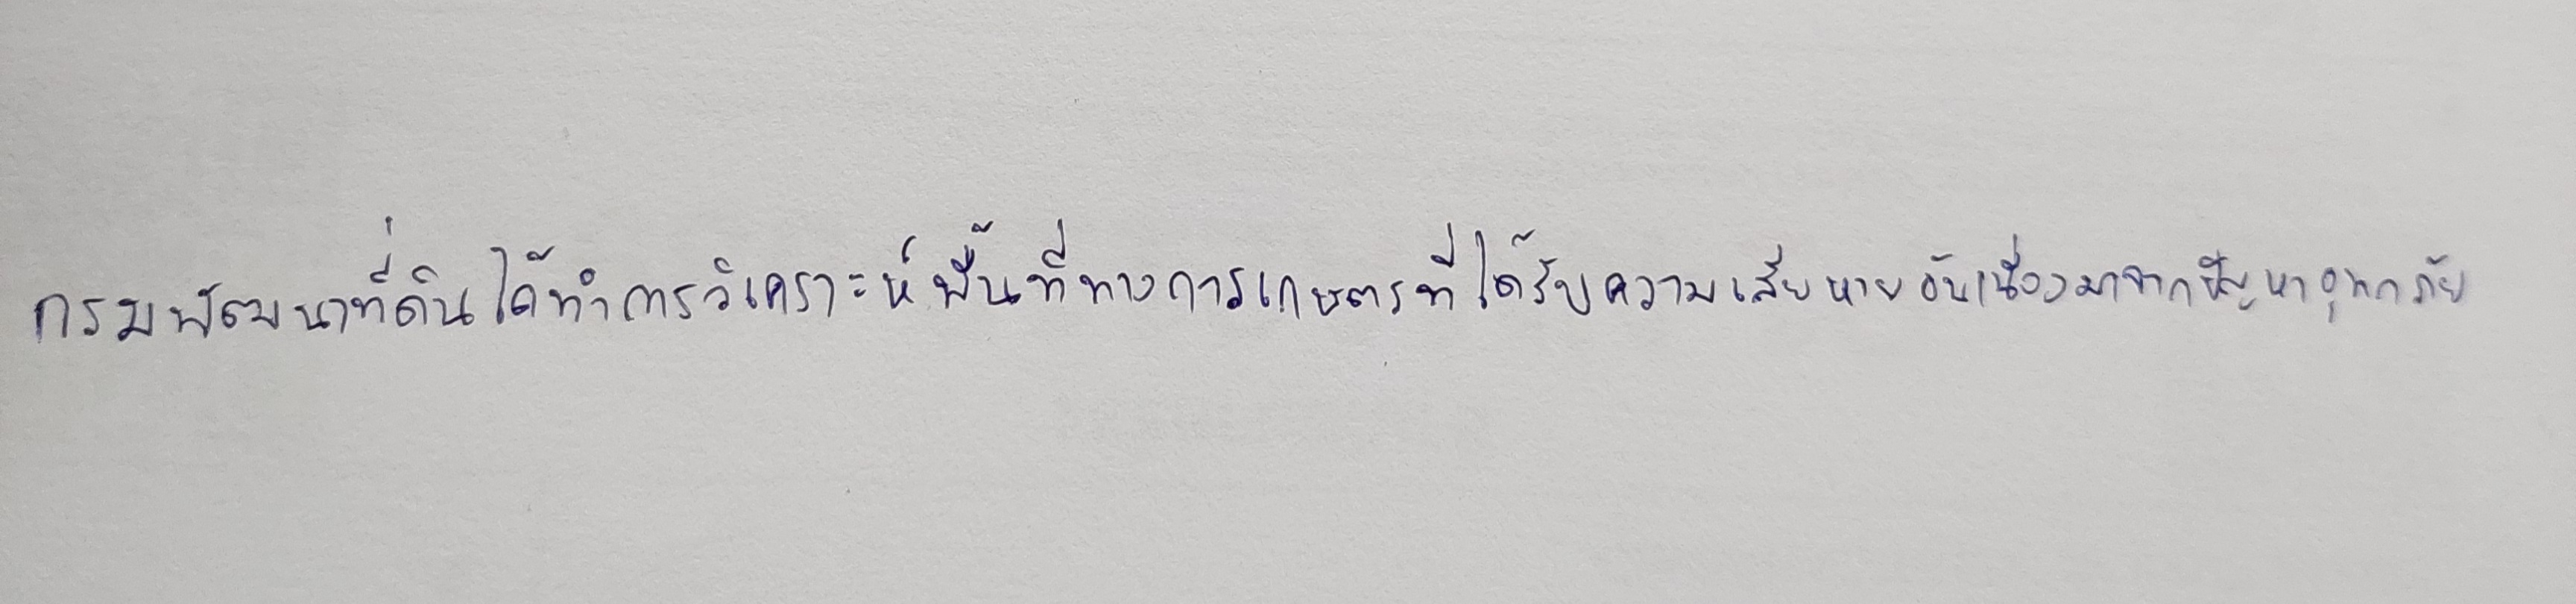
กรมพัฒนาที่ดินได้ทำการวิเคราะห์พื้นที่ทางการเกษตรที่ได้รับความเสียหายอันเนื่องมาจากปัญหาอุทกภัย